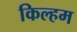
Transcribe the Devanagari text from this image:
किल्हम